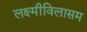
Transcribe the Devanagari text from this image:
लक्ष्मीविलासम